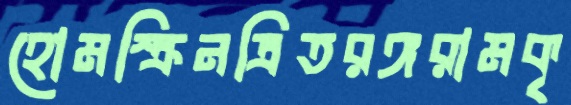
হোমস্ক্রিনত্রিতরঙ্গরামকৃ